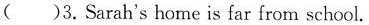
( )3.Sarah'shome is far from school.